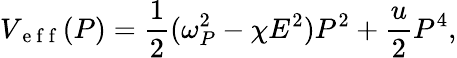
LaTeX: V_{\mathrm{~e~f~f~}}(P)=\frac{1}{2}(\omega_{P}^{2}-\chi E^{2})P^{2}+\frac{u}{2}P^{4},